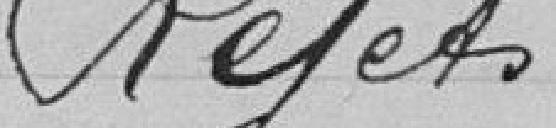
Rejets